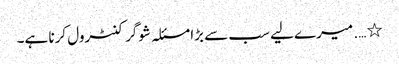
٭ …. میرے لیے سب سے بڑا مسئلہ شوگر کنٹرول کرنا ہے۔